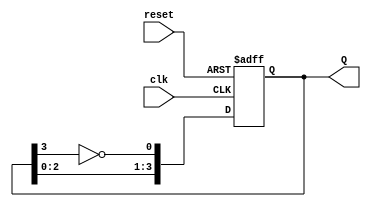
module JohnsonCounter (
    input wire clk,        // Clock signal
    input wire reset,      // Asynchronous reset signal
    output reg [3:0] Q     // Output state (4 flip-flops)
);

    // Always block triggered on the rising edge of the clock
    always @(posedge clk or posedge reset) begin
        if (reset) begin
            Q <= 4'b0000; // Reset state to 0000
        end else begin
            // Johnson counter logic
            Q[0] <= ~Q[3]; // D1 = ~Q4
            Q[1] <= Q[0];  // D2 = Q1
            Q[2] <= Q[1];  // D3 = Q2
            Q[3] <= Q[2];  // D4 = Q3
        end
    end

endmodule